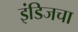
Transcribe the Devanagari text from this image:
इंडिजचा